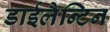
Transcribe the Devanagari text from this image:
डाईलैन्टिन